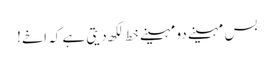
بس مہینے دو مہینے خط لکھ دیتی ہے کہ اخے!